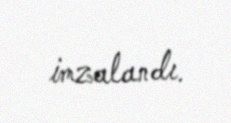
imzalandı.